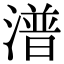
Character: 潽